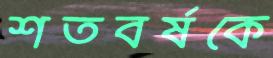
শতবর্ষকে